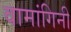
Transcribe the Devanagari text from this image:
वामांगिनी